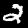
Label: 2